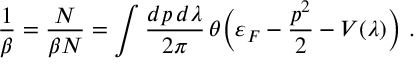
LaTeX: \frac { 1 } { \beta } = \frac { N } { \beta N } = \int \frac { d p \, d \lambda } { 2 \pi } \, \theta \biggl ( \varepsilon _ { F } - \frac { p ^ { 2 } } { 2 } - V ( \lambda ) \biggr ) \ .